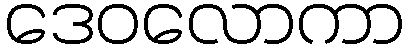
ဒေဝလောကာ